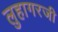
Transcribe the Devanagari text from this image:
लुहागरजी